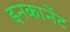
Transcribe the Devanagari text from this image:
इनकार्नेट